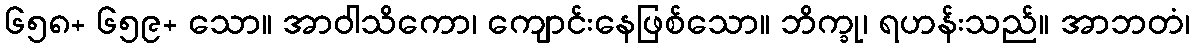
၆၅၈+ ၆၅၉+ သော။ အာဝါသိကော၊ ကျောင်းနေဖြစ်သော။ ဘိက္ခု၊ ရဟန်းသည်။ အာဘတံ၊